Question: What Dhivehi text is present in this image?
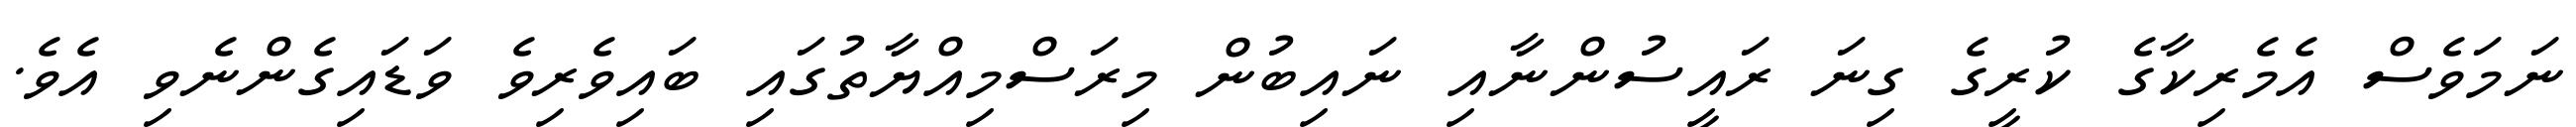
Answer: ނަމަވެސް އެމެރިކާގެ ކުރީގެ ގިނަ ރައީސުންނާއި ނައިބުން މިރަސްމިއްޔާތުގައި ބައިވެރިވެ ވަޑައިގެންނެވި އެވެ.